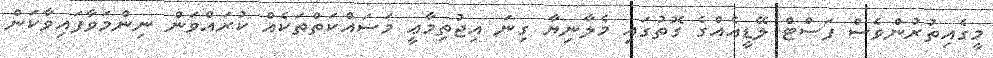
މީގެއިތުރުންވެސް ފަސްޓް ލޭޑީއެއްގެ ގޮތުގައި މެލާނިޔާ ގިނަ އިޖުތިމާޢީ މަސައްކަތްތަކެއް ކުރައްވަން ނިންމަވާފައިވާކަން